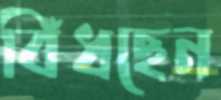
বিঁধছেন